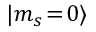
| m _ { s } \! = \! 0 \rangle